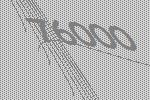
76000